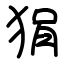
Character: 狷